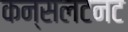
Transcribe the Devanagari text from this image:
कन्सलटनट